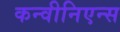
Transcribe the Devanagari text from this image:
कन्वीनिएन्स